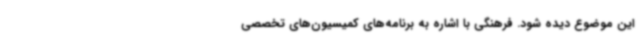
این موضوع دیده شود. فرهنگی با اشاره به برنامه‌های کمیسیون‌های تخصصی